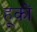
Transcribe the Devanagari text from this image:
हूकों